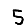
Digit: 5